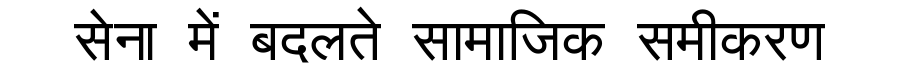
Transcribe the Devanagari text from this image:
सेना में बदलते सामाजिक समीकरण